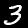
Digit: 3